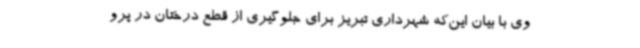
وی با بیان این‌که شهرداری تبریز برای جلوگیری از قطع درختان در پرو